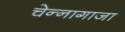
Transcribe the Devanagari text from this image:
चेन्‍नागाजा